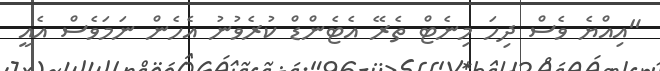
"އިއްޔެ ވެސް ދިހަ މިނެޓް ތެރޭ އެޓެންޑް ކުރެވުނު އެހެން ނަމަވެސް އެއީ